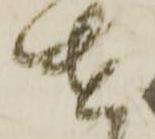
遣